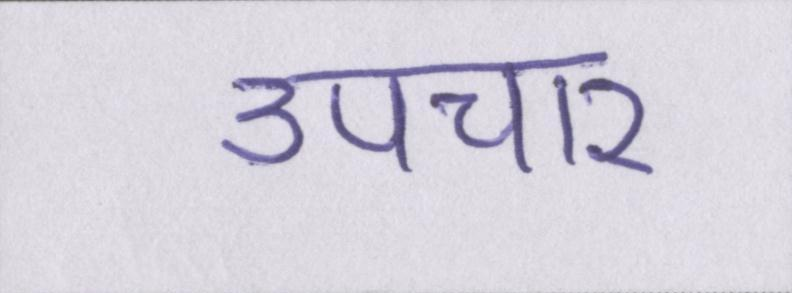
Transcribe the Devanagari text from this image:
उपचार